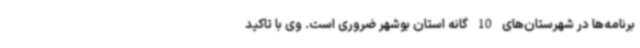
برنامه‌ها در شهرستان‌های 10 گانه استان بوشهر ضروری است. وی با تاکید